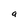
Character: q